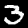
Label: 3